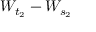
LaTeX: W _ { t _ { 2 } } - W _ { s _ { 2 } }